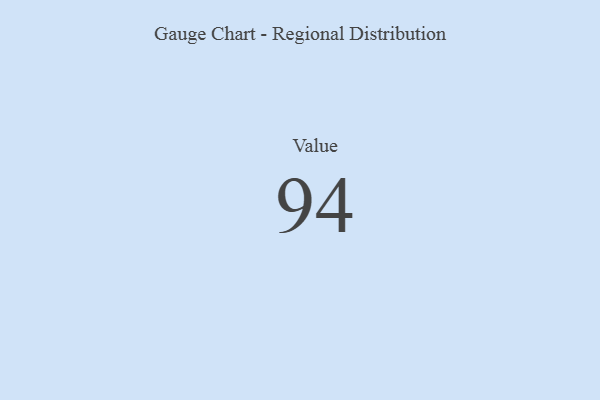
{"axis": {"x": "Metric", "y": "Value"}, "legend": [""], "data": [{"x": "Value", "y": 94, "type": ""}]}